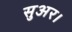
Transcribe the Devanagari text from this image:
सुअर।